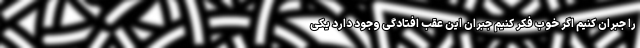
را جبران کنیم اگر خوب فکر کنیم جبران این عقب افتادگی وجود دارد یکی